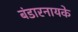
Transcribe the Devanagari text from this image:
बंडारनायके